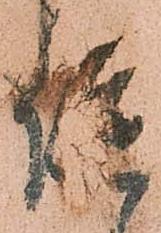
諚